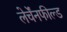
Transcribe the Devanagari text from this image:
लेर्चेंनफील्ड